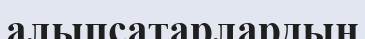
алыпсатарлардың